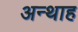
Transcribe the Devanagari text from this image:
अन्‍थाह